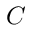
C